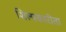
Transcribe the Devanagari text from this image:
शिल्पकारीता